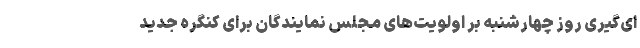
ای‌گیری روز چهارشنبه بر اولویت‌های مجلس نمایندگان برای کنگره جدید